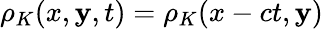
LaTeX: \rho_{K}(x,\mathbf{y},t)=\rho_{K}(x-ct,\mathbf{y})